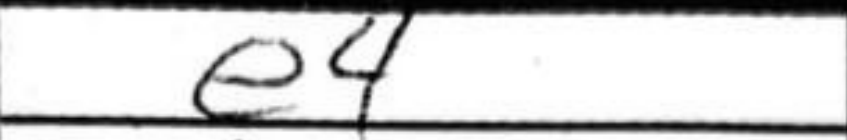
Transcription: e4